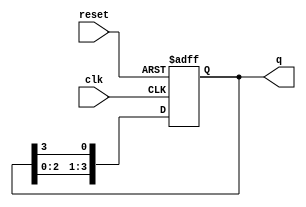
module ring_counter (
    input wire clk,       // Clock input
    input wire reset,     // Reset input
    output reg [3:0] q    // 4-bit output representing the state
);

    // Initialize the counter to a known state (e.g., '1000')
    initial begin
        q = 4'b1000; // Initial state
    end

    // Synchronous process
    always @(posedge clk or posedge reset) begin
        if (reset) begin
            q <= 4'b1000; // Reset to initial state
        end else begin
            // Shift the '1' to the right
            q <= {q[2:0], q[3]}; // Shift right and wrap around
        end
    end

endmodule